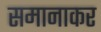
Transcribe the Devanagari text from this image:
समानाकर